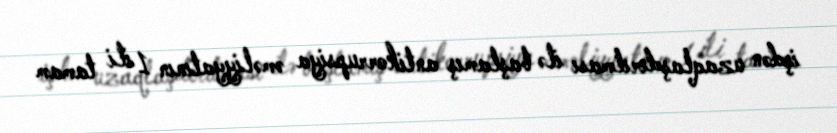
işdən uzaqlaşdırılması ilə başlamış antikorrupsiya əməliyyatının 1 ili tamam